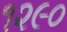
૧૨૯૦